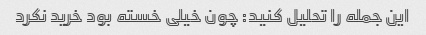
این جمله را تحلیل کنید: چون خیلی خسته بود خرید نکرد